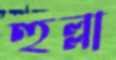
হুল্লা